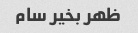
ظهر بخیر سام